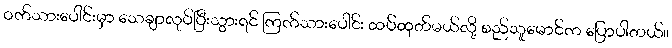
ဝက်သားပေါင်းမှာ သေချာလုပ်ပြီးသွားရင် ကြက်သားပေါင်း ထပ်ထုတ်မယ်လို့ စည်သူမောင်က ပြောပါတယ်။